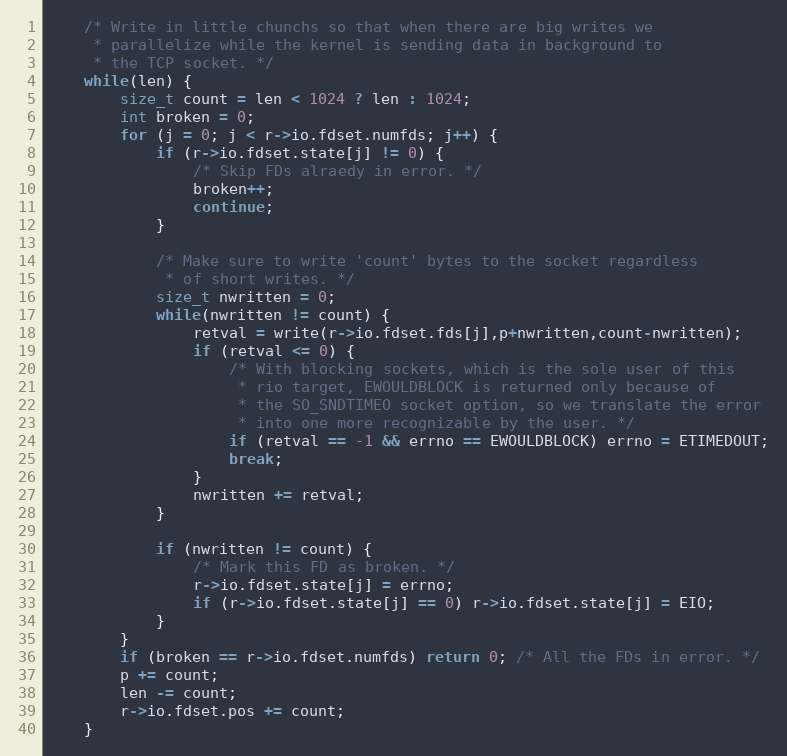
Language: C
    /* Write in little chunchs so that when there are big writes we
     * parallelize while the kernel is sending data in background to
     * the TCP socket. */
    while(len) {
        size_t count = len < 1024 ? len : 1024;
        int broken = 0;
        for (j = 0; j < r->io.fdset.numfds; j++) {
            if (r->io.fdset.state[j] != 0) {
                /* Skip FDs alraedy in error. */
                broken++;
                continue;
            }

            /* Make sure to write 'count' bytes to the socket regardless
             * of short writes. */
            size_t nwritten = 0;
            while(nwritten != count) {
                retval = write(r->io.fdset.fds[j],p+nwritten,count-nwritten);
                if (retval <= 0) {
                    /* With blocking sockets, which is the sole user of this
                     * rio target, EWOULDBLOCK is returned only because of
                     * the SO_SNDTIMEO socket option, so we translate the error
                     * into one more recognizable by the user. */
                    if (retval == -1 && errno == EWOULDBLOCK) errno = ETIMEDOUT;
                    break;
                }
                nwritten += retval;
            }

            if (nwritten != count) {
                /* Mark this FD as broken. */
                r->io.fdset.state[j] = errno;
                if (r->io.fdset.state[j] == 0) r->io.fdset.state[j] = EIO;
            }
        }
        if (broken == r->io.fdset.numfds) return 0; /* All the FDs in error. */
        p += count;
        len -= count;
        r->io.fdset.pos += count;
    }